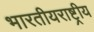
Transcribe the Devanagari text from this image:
भारतीयराष्ट्रीय